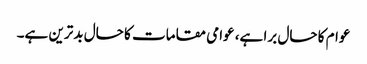
عوام کا حال برا ہے، عوامی مقامات کا حال بدترین ہے۔